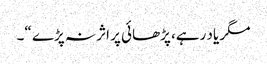
مگر یاد رہے، پڑھائی پر اثر نہ پڑے “۔